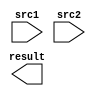
module MUL16_U (
  input      [15:0]   src1,
  input      [15:0]   src2,
  output     [31:0]   result
);
endmodule